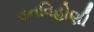
વનવિહોણી